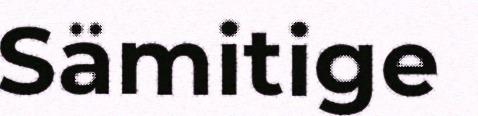
Sämitige